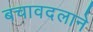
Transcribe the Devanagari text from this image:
बचावदलाने